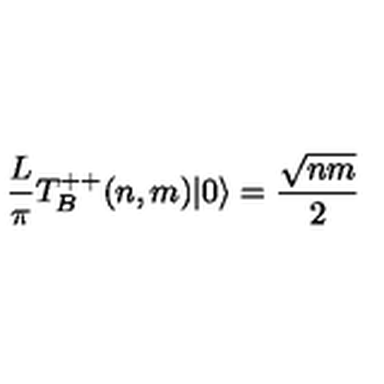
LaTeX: \frac { L } { \pi } T _ { B } ^ { + + } ( n , m ) | 0 \rangle = { \frac { \sqrt { n m } } { 2 } }